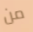
من